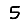
Digit: 5